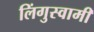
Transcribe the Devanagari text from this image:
लिंगुस्वामी